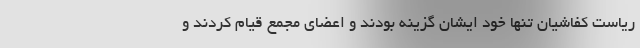
ریاست کفاشیان تنها خود ایشان گزینه بودند و اعضای مجمع قیام کردند و